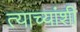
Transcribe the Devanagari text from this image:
त्याच्यांशी